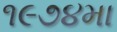
૧૯૭૪મા